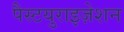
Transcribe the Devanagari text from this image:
पैस्टयुराइज़ेशन